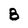
Character: 8